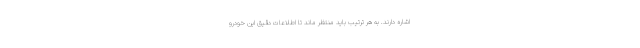
اشاره دارند. به هر ترتیب باید منتظر ماند تا اطلاعات دقیق این خودرو